Annual administration report of the Civil Veterinary Department of India - 1899-1900
Year: 1899
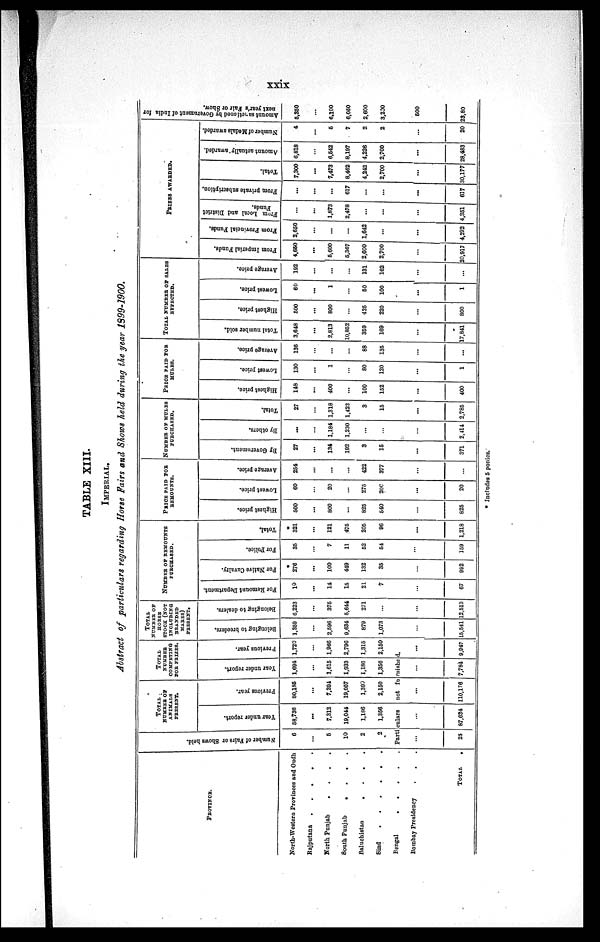
xxix
TABLE XIII.
IMPERIAL.
Abstract of particulars regarding Horse Fairs and Shows held during the year 1S99~1900.
PROVINCE
North-Western Provinces and Oudh
Rajputana .
.
.
.
.
North Punjab
.
.
.
.
South Punjab
.
.
.
.
Baluchistan
.
.
.
.
Sind . . . . . .
Bengal . . . . . .
Bombay Presidency . . .
TOTAL .
Number of Fairs or Shows held.
6
...
6
10
2
2
TOTAL .
NUMBER OF
ANIMALS
PRESENT.
Year under report.
58,736
...
7,312
19,044
1,186
1,366
Previous year.
80,185
...
7,394
19,057
1,390
2,150
TOTAL
NUMBER
COMPETING
FOR PRIZES.
Year
under report.
1,694
...
1,615
1,933
1,186
1,356
Previous year.
1,720
...
1,966
2,796
1,315
2,150
Partculars
not furnished.
...
25
...
67,634
...
110,176
...
7,784
...
9,947
TOTAL
NUMBER OF
HORSE
STOCK (NOT
INCLUDING
BRANDED
MARES)
PRESENT.
Belonging to breeders.
1,359
...
2,596
9,634
879
1,073
...
15,541
Belonging to dealers.
6,223
...
375
5,644
271
...
...
12,513
NUMBER OF REMOUNTS
PURCHASED.
For Remount Department.
10
...
14
15
21
7
...
67
For Native Cavalry.
*
276
...
100
449
132
35
...
992
For Police.
35
...
7
11
52
54
...
159
Total.
*
321
...
121
475
205
96
...
1,218
PRICE PAID FOR
REMOUNTS.
Highest price.
500
...
800
...
825
540
...
825
Lowest price.
60
...
20
...
275
200
...
20
Average price.
254
...
...
...
422
377
...
...
NUMBER OF MULES
PURCHASED.
By Government.
27
...
134
192
3
15
...
371
By others.
...
...
1,184
1,230
...
...
...
2,411
Total.
27
...
1,318
1,422
3
15
...
2,785
PRICE PAID FOR
MULES
Highest price.
148
...
400
...
100
152
...
400
Lowest price.
130
...
1
...
80
120
...
1
Average price.
136
...
...
...
88
135
...
...
TOTAL NUMBER OF SALES
EFFECTED.
Total number sold.
3,648
...
2,813
10,852
359
169
...
17,841
Highest price.
500
...
800
...
425
220
...
800
Lowest price.
60
...
1
...
60
100
...
1
Average price.
192
...
...
...
131
162
...
...
PRIZES AWARDED.
From Imperial Funds.
4,660
...
5,600
5,367
2,600
2,700
...
20,917
From Provincial Funds.
2,660
...
...
...
1,642
...
...
4,292
From
Local and District
Funds.
...
1,873
2,478
...
...
...
4,351
From private subscription.
...
...
...
617
...
...
...
617
Total.
7,300
...
7,4,73
8,462
4,242
2,700
...
30,177
Amount actually awarded.
6,818
...
6,542
8,197
4,226
2,700
...
28,483
Number of Medals awarded.
4
...
6
7
2
2
...
20
Amount sanctioned
by Government of India for
next
year's Fair or Show.
5,350
...
6,100
6,060
2,600
3,200
500
23,80
* Includes 5 ponies.